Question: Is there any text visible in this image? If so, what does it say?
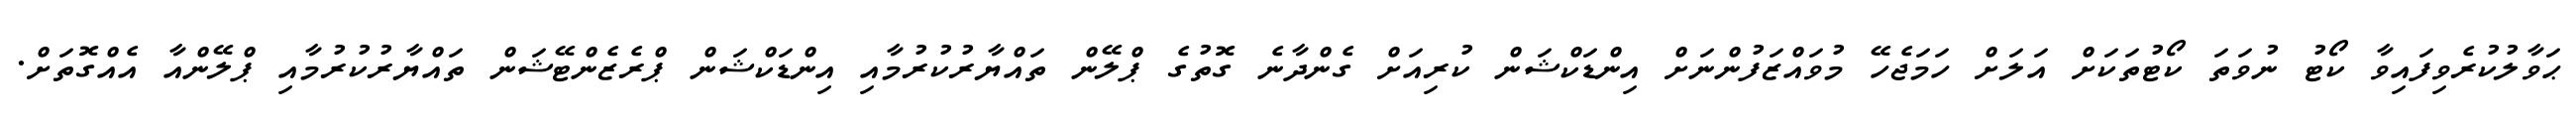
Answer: ޙަވާލުކުރެވިފައިވާ ކޯޓު ނުވަތަ ކޯޓުތަކަށް އަލަށް ހަމަޖެހޭ މުވައްޒަފުންނަށް އިންޑަކްޝަން ކުރިއަށް ގެންދާނެ ގޮތުގެ ޕްލޭން ތައްޔާރުކުރުމާއި އިންޑަކްޝަން ޕްރެޒެންޓޭޝަން ތައްޔާރުކުރުމާއި ޕްލޭންއާ އެއްގޮތަށް.